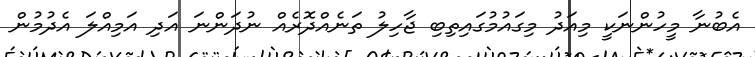
އެބުނާ މީހުންނަކީ މިއަދު މިގައުމުގައިތިބި ޖާހިލު ތަނެއްދޮރެއް ނުދަންނަ އަދި އަމިއްލަ އެދުމުން